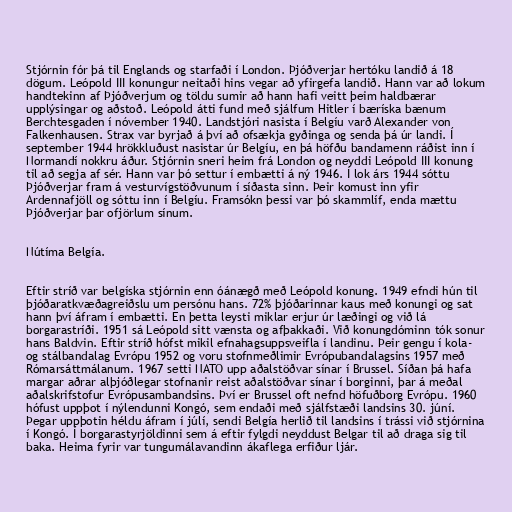
Stjórnin fór þá til Englands og starfaði í London. Þjóðverjar hertóku landið á 18
dögum. Leópold III konungur neitaði hins vegar að yfirgefa landið. Hann var að lokum
handtekinn af Þjóðverjum og töldu sumir að hann hafi veitt þeim haldbærar
upplýsingar og aðstoð. Leópold átti fund með sjálfum Hitler í bæríska bænum
Berchtesgaden í nóvember 1940. Landstjóri nasista í Belgíu varð Alexander von
Falkenhausen. Strax var byrjað á því að ofsækja gyðinga og senda þá úr landi. Í
september 1944 hrökkluðust nasistar úr Belgíu, en þá höfðu bandamenn ráðist inn í
Normandí nokkru áður. Stjórnin sneri heim frá London og neyddi Leópold III konung
til að segja af sér. Hann var þó settur í embætti á ný 1946. Í lok árs 1944 sóttu
Þjóðverjar fram á vesturvígstöðvunum í síðasta sinn. Þeir komust inn yfir
Ardennafjöll og sóttu inn í Belgíu. Framsókn þessi var þó skammlíf, enda mættu
Þjóðverjar þar ofjörlum sínum.

Nútíma Belgía.

Eftir stríð var belgíska stjórnin enn óánægð með Leópold konung. 1949 efndi hún til
þjóðaratkvæðagreiðslu um persónu hans. 72% þjóðarinnar kaus með konungi og sat
hann því áfram í embætti. En þetta leysti miklar erjur úr læðingi og við lá
borgarastríði. 1951 sá Leópold sitt vænsta og afþakkaði. Við konungdóminn tók sonur
hans Baldvin. Eftir stríð hófst mikil efnahagsuppsveifla í landinu. Þeir gengu í kola-
og stálbandalag Evrópu 1952 og voru stofnmeðlimir Evrópubandalagsins 1957 með
Rómarsáttmálanum. 1967 setti NATO upp aðalstöðvar sínar í Brussel. Síðan þá hafa
margar aðrar alþjóðlegar stofnanir reist aðalstöðvar sínar í borginni, þar á meðal
aðalskrifstofur Evrópusambandsins. Því er Brussel oft nefnd höfuðborg Evrópu. 1960
hófust uppþot í nýlendunni Kongó, sem endaði með sjálfstæði landsins 30. júní.
Þegar uppþotin héldu áfram í júlí, sendi Belgía herlið til landsins í trássi við stjórnina
í Kongó. Í borgarastyrjöldinni sem á eftir fylgdi neyddust Belgar til að draga sig til
baka. Heima fyrir var tungumálavandinn ákaflega erfiður ljár.